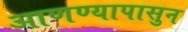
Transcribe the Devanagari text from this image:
आणण्यापासुन